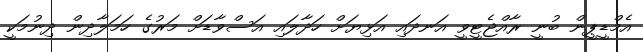
އެމްޑީޕީން ބުނީ ރާއްޖެޓީވީ އަނދައި އަޅިޔަށް ހަދާލައި އަސްވާޑަށް މަރުގެ ހަމަލާދިން ދިނުމަކީ